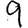
Digit: 9